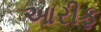
આરીફ